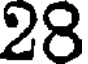
28